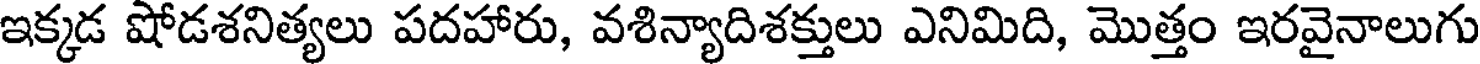
ఇక్కడ షోడశనిత్యలు పదహారు, వశిన్యాదిశక్తులు ఎనిమిది, మొత్తం ఇరవైనాలుగు